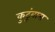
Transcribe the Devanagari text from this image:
कुटूंबास